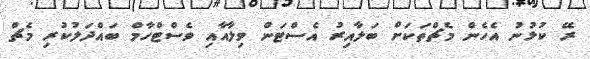
ރޭ ކުޅުނު އެހެން މެޗްތަކަށް ބަލާއިރު އެސްޓަން ވިލާއާއި ވެސްޓްހާމް ބައްދަލުކުރި މެޗް